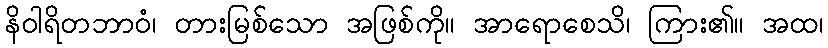
နိဝါရိတဘာဝံ၊ တားမြစ်သော အဖြစ်ကို။ အာရောစေသိ၊ ကြား၏။ အထ၊